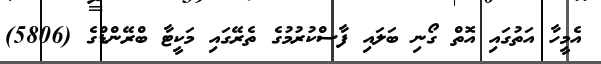
އެމީހާ އަތުގައި އޮތް ގޯނި ބަލައި ފާސްކުރުމުގެ ތެރޭގައި މަކީޓާ ބްރޭންޑްގެ (5806)